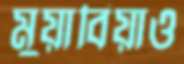
মুয়াবিয়াও